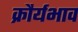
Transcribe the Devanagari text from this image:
क्रौर्यभाव